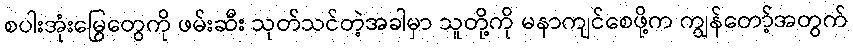
စပါးအုံးမြွေတွေကို ဖမ်းဆီး သုတ်သင်တဲ့အခါမှာ သူတို့ကို မနာကျင်စေဖို့က ကျွန်တော့်အတွက်